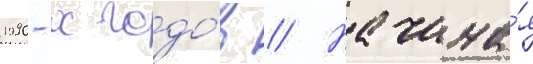
1990-х годо́в // Начина́я